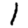
Digit: 1